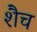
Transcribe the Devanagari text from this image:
शैच